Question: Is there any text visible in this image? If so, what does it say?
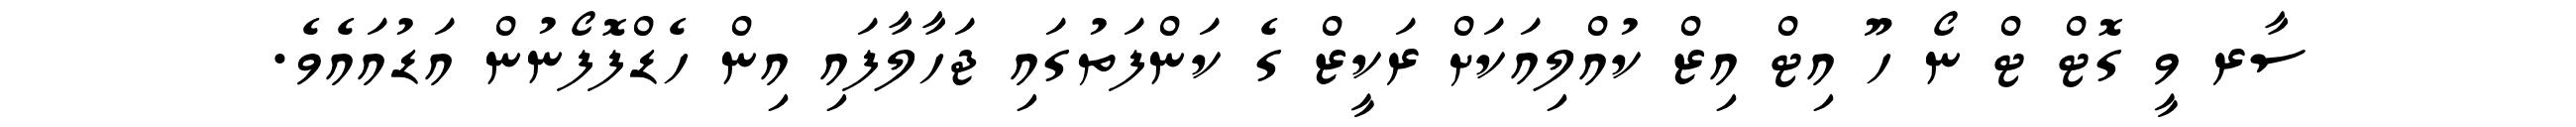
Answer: ސާރ ވީ ގޮޓް ޓް ނޯ ހޫ އިޓް އިޒް ކުއްލިއަކަށް ރަކީޒް ގެ ކަންފަތުގައި ޖަހާލާފައި އިން ހެޑްފޮފޯނުން އަޑުއައެވެ.